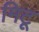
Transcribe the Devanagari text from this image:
मिटू